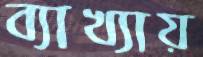
ব্যাখ্যায়